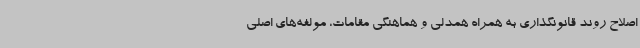
اصلاح روند قانونگذاری به همراه همدلی و هماهنگی مقامات، مولفه‌های اصلی